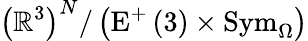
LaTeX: \left(\mathbb{R}^{3}\right)^{N}/\left(\mathrm{E}^{+}\left(3\right)\times\mathrm{Sym}_{\Omega}\right)